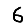
Digit: 6